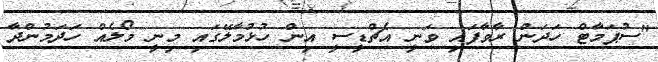
"ސުޕަމާޓް ހަދަން ރާވާފައި ވަނީ އެޗްޑީސީ އިން ހުޅުމާލޭގައި މިނީ މޯލެއް ހަދަމުންދާ